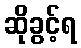
ဆိုခွင့်ရ